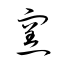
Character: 窯